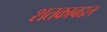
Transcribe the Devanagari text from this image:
शतकाबद्दल